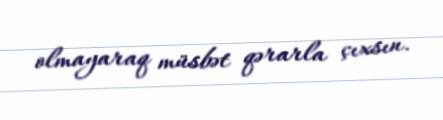
olmayaraq müsbət qərarla çıxsın.